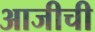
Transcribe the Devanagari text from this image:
आजीची